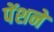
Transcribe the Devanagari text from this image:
पेंशने